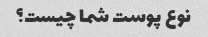
نوع پوست شما چیست؟